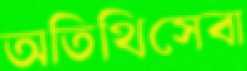
অতিথিসেবা